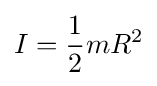
I={\frac {1}{2}}mR^{2}